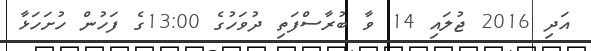
އަދި 2016 ޖުލައި 14 ވާ ބުރާސްފަތި ދުވަހުގެ 13:00ގެ ފަހުން ހުށަހަޅާ